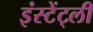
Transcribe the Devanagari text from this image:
इंस्टेंट्ली